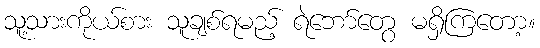
သူ့သားကိုယ်စား သူချစ်ရမည့် ရဲဘော်တွေ မရှိကြတော့။